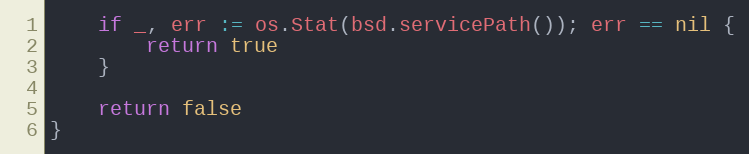
Language: Go
	if _, err := os.Stat(bsd.servicePath()); err == nil {
		return true
	}

	return false
}